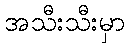
အသီးသီးမှာ